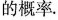
的概率.